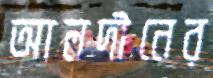
আলদীনের